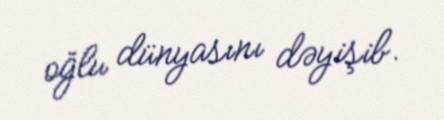
oğlu dünyasını dəyişib.